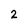
Character: 2